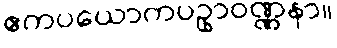
ဧကပယောကပဥှာဝဏ္ဏနာ။